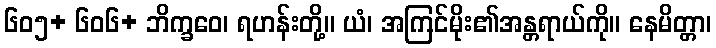
၆၀၅+ ၆၀၆+ ဘိက္ခဝေ၊ ရဟန်းတို့။ ယံ၊ အကြင်မိုး၏အန္တရာယ်ကို။ နေမိတ္တာ၊